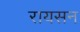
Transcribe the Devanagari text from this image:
रायसन